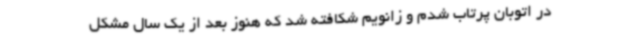
در اتوبان پرتاب شدم و زانویم شکافته شد که هنوز بعد از یک سال مشکل